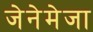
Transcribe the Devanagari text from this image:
जेनेमेजा